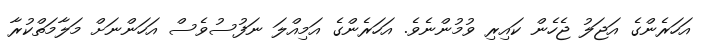
އަހަރެންގެ އަޖަލު ޖެހެން ކައިރި ވުމުންނެވެ. އަހަރެންގެ އަމިއްލަ ނަފުސުވެސް އަހަންނަށް މަލާމަތްކުރާ